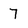
Character: 7